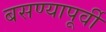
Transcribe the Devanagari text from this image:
बसण्यापूर्वी